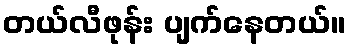
တယ်လီဖုန်း ပျက်နေတယ်။